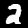
Digit: 2